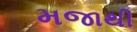
મજાથી